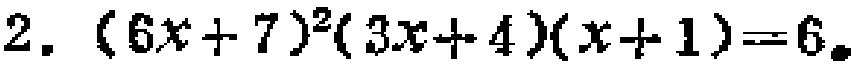
\(2.\ (6x + 7)^2(3x + 4)(x + 1)=6\)